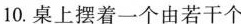
10.桌上摆着一个由若干个